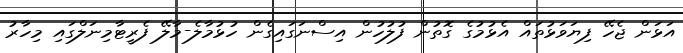
އަޅަން ޖެހޭ ފިޔަވަޅުތައް އެޅުމުގެ ގޮތުން ފުލުހުން އިސްނަގައިގެން ހުޅުމާލެ-މާލޭ ފެރީޓާމިނަލްގައި މިހާރު